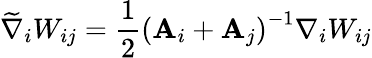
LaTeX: \widetilde{\nabla}_{i}W_{ij}=\frac{1}{2}\left(\mathbf{A}_{i}+\mathbf{A}_{j}\right)^{-1}\nabla_{i}W_{ij}